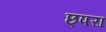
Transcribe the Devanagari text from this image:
छ्परा